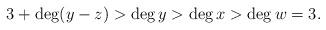
LaTeX: \begin{align*}3+\deg (y-z) > \deg y > \deg x > \deg w = 3.\end{align*}